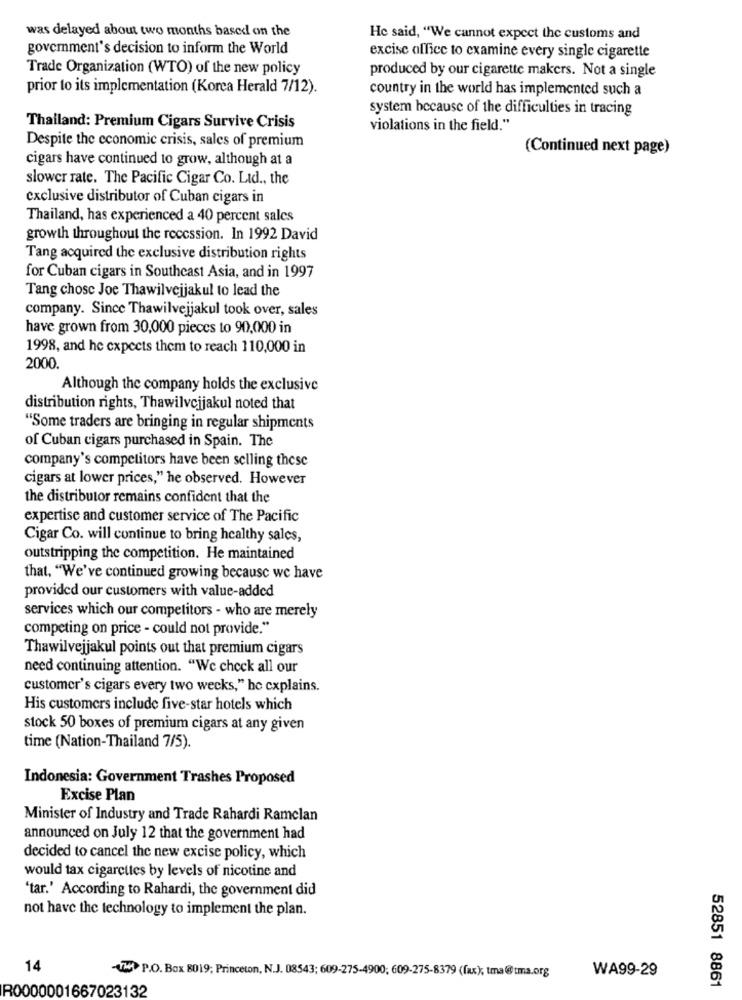
was delayed about two months based on the
He said, "We cannot expect the customs and
goverment's decision to inform the World
excise office to examine every single cigarette
Trade Organization (WTO) of the new policy
produced by our cigarette makers. Not a single
prior to its implementation (Korea Herald 7/12).
country in the world has implemented such a
system because of the difficulties in tracing
Thailand: Premium Cigars Survive Crisis
violations in the field."
Despite the economic crisis, sales of premium
(Continued next page)
cigars have continued to grow, although at a
slower rate. The Pacific Cigar Co. Lid ., the
exclusive distributor of Cuban cigars in
Thailand, has experienced a 40 percent sales
growth throughout the recession. In 1992 David
Tang acquired the exclusive distribution rights
for Cuban cigars in Southeast Asia, and in 1997
Tang chose Joe Thawilvejjakul to lead the
company. Since Thawilvejjakul took over, sales
have grown from 30,000 pieces to 90,000 in
1998, and he expects them to reach 110,000 in
2000.
Although the company holds the exclusive
distribution rights, Thawilvcjjakul noted that
"Some traders are bringing in regular shipments
of Cuban cigars purchased in Spain. The
company's competitors have been selling these
cigars at lower prices," he observed. However
the distributor remains confident that the
expertise and customer service of The Pacific
Cigar Co. will continue to bring healthy sales,
outstripping the competition. He maintained
that, "We've continued growing because we have
provided our customers with value-added
services which our competitors - who are merely
competing on price - could not provide."
Thawilvejjakul points out that premium cigars
need continuing attention. "We check all our
customer's cigars every two wecks," he explains.
His customers include five-star hotels which
stock 50 boxes of premium cigars at any given
time (Nation-Thailand 7/5).
Indonesia: Government Trashes Proposed
Excise Plan
Minister of Industry and Trade Rahardi Ramclan
announced on July 12 that the government had
decided to cancel the new excise policy, which
would tax cigarettes by levels of nicotine and
'tar.' According to Rahardi, the government did
not have the technology to implement the plan.
14
TH P.O. Box 8019; Princeton, N.J. 08543; 609-275-4900; 609-275-8379 (fax), tma@tma.org
WA99-29
R0000001667023132
52851 8861